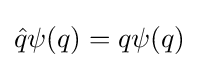
{\hat {q}}\psi (q)=q\psi (q)